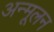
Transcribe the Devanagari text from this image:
अन्मूलन